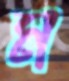
ম